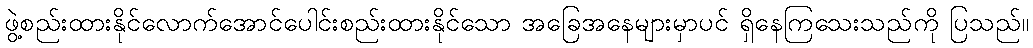
ဖွဲ့စည်းထားနိုင်လောက်အောင်ပေါင်းစည်းထားနိုင်သော အခြေအနေများမှာပင် ရှိနေကြသေးသည်ကို ပြသည်။